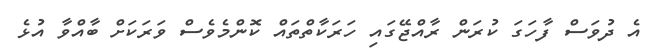
އެ ދުވަސް ފާހަގަ ކުރަން ރާއްޖޭގައި ހަރަކާތްތައް ކޮންމެވެސް ވަރަކަށް ބާއްވާ އުޅެ